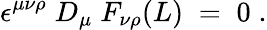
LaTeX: \epsilon^{\mu\nu\rho}\; D_{\mu}\; F_{\nu\rho}(L)\; =\; 0\; .